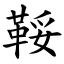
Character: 鞖